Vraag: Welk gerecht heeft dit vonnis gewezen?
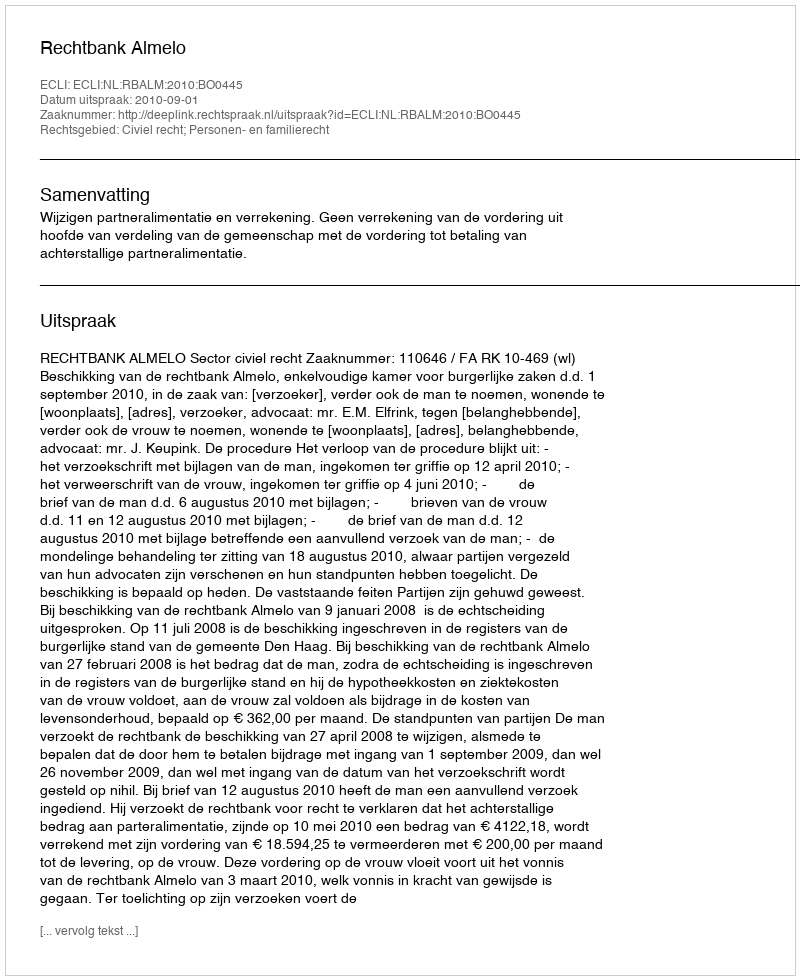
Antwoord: Rechtbank Almelo